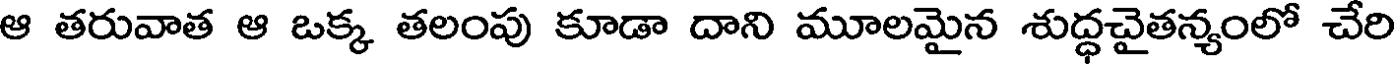
ఆ తరువాత ఆ ఒక్క తలంపు కూడా దాని మూలమైన శుద్ధచైతన్యంలో చేరి